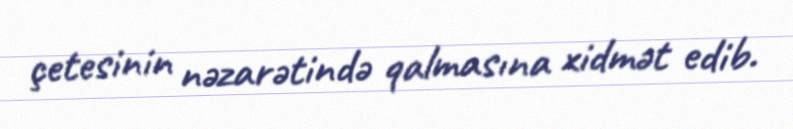
çetesinin nəzarətində qalmasına xidmət edib.